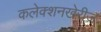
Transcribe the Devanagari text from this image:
कलेक्शनखेरीज